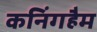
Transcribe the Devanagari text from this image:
कनिंगहैम